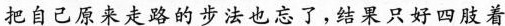
把自己原来走路的步法也忘了，结果只好四肢着